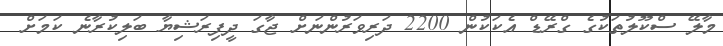
މާލޭ ސްކޫލުތަކުގެ ގްރޭޑް އެކަކުން 2200 ދަރިވަރުންނަށް ޖާގަ ދީފިރަޝިޔާ ބަލިކުރާނެ ކަމަށް